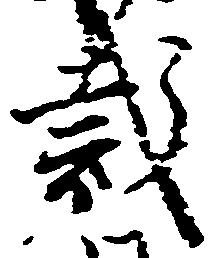
裁